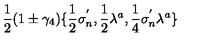
\frac { 1 } { 2 } ( 1 \pm \gamma _ { 4 } ) \{ \frac { 1 } { 2 } \sigma _ { n } ^ { ' } , \frac { 1 } { 2 } \lambda ^ { a } , \frac { 1 } { 4 } \sigma _ { n } ^ { ' } \lambda ^ { a } \}